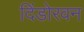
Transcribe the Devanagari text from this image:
दिंडोरवन